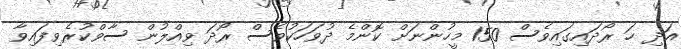
އަދި ހަ ރޯދައިގައިވެސް 150 މީހުންނަށް ކޮންމެ ދުވަހަކުވެސް ރޯދަ ވިއްލުން ސާވްކުރެވިފައިވާ